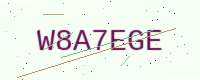
Text: W8A7EGE